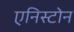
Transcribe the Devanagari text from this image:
एनिस्टोन